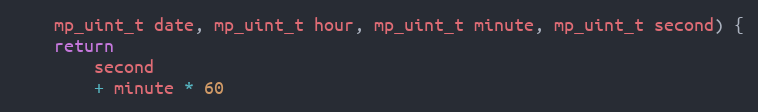
Language: C
    mp_uint_t date, mp_uint_t hour, mp_uint_t minute, mp_uint_t second) {
    return
        second
        + minute * 60